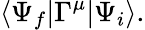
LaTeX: \langle\Psi_{f}|\Gamma^{\mu}|\Psi_{i}\rangle.